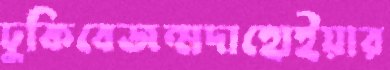
ঢুকিবেজন্মদাহোইয়ার